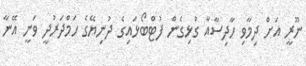
ނޫރީ އަށް ދިމާވި ހާދިސާއާ ގުޅިގެން ފުޓްބޯޅައިގެ ދުނިޔޭގެ ހަމްދަރުދީ ވަނީ އޭނާ